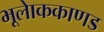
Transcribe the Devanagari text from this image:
भूलाेककाणड